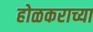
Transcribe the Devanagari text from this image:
होळकराच्या